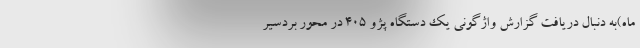
ماه)به دنبال دریافت گزارش واژگونی یک دستگاه پژو ۴۰۵ در محور بردسیر